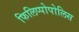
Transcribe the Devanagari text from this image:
फिलिप्पोपोलिस